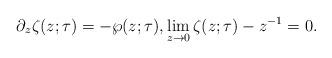
LaTeX: \begin{align*} \partial_z\zeta(z;\tau) = -\wp(z;\tau), \lim_{z\to0} \zeta(z;\tau)-z^{-1}=0.\end{align*}